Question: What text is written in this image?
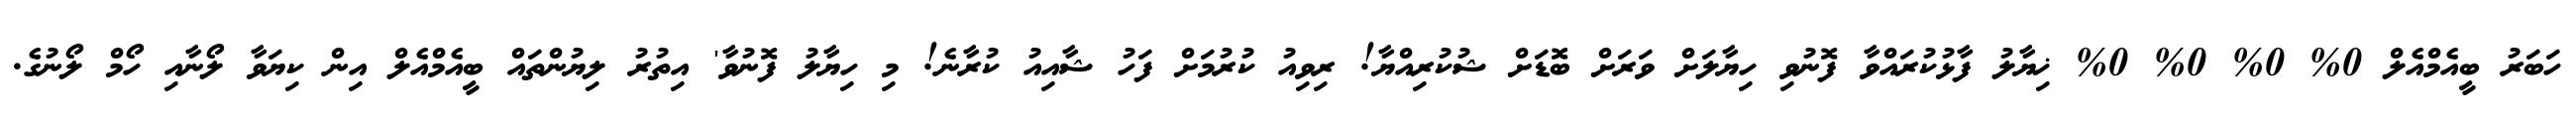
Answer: ހަބަރު ބީއެމްއެލް 0% 0% 0% 0% ޚިޔާލު ފާޅުކުރައްވާ ފޮނުވި ހިޔާލަށް ވަރަށް ބޮޑަށް ޝުކުރިއްޔާ! ރިވިއު ކުރުމަށް ފަހު ޝާއިއު ކުރާނެ! މި ހިޔާލު ފޮނުވާ' އިތުރު ލިޔުންތައް ބީއެމްއެލް އިން ކިޔަވާ ލޯނާއި ހޯމް ލޯނުގެ.